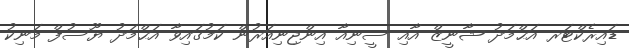
ޑައިރެކްޓަރ އަޙްމަދު ޝާނީޒް އާއި ސީނިއާ އިންޖިނިއަރުން ކަމުގައިވާ އަޙްމަދު ޔޫސުފް މަނިކު